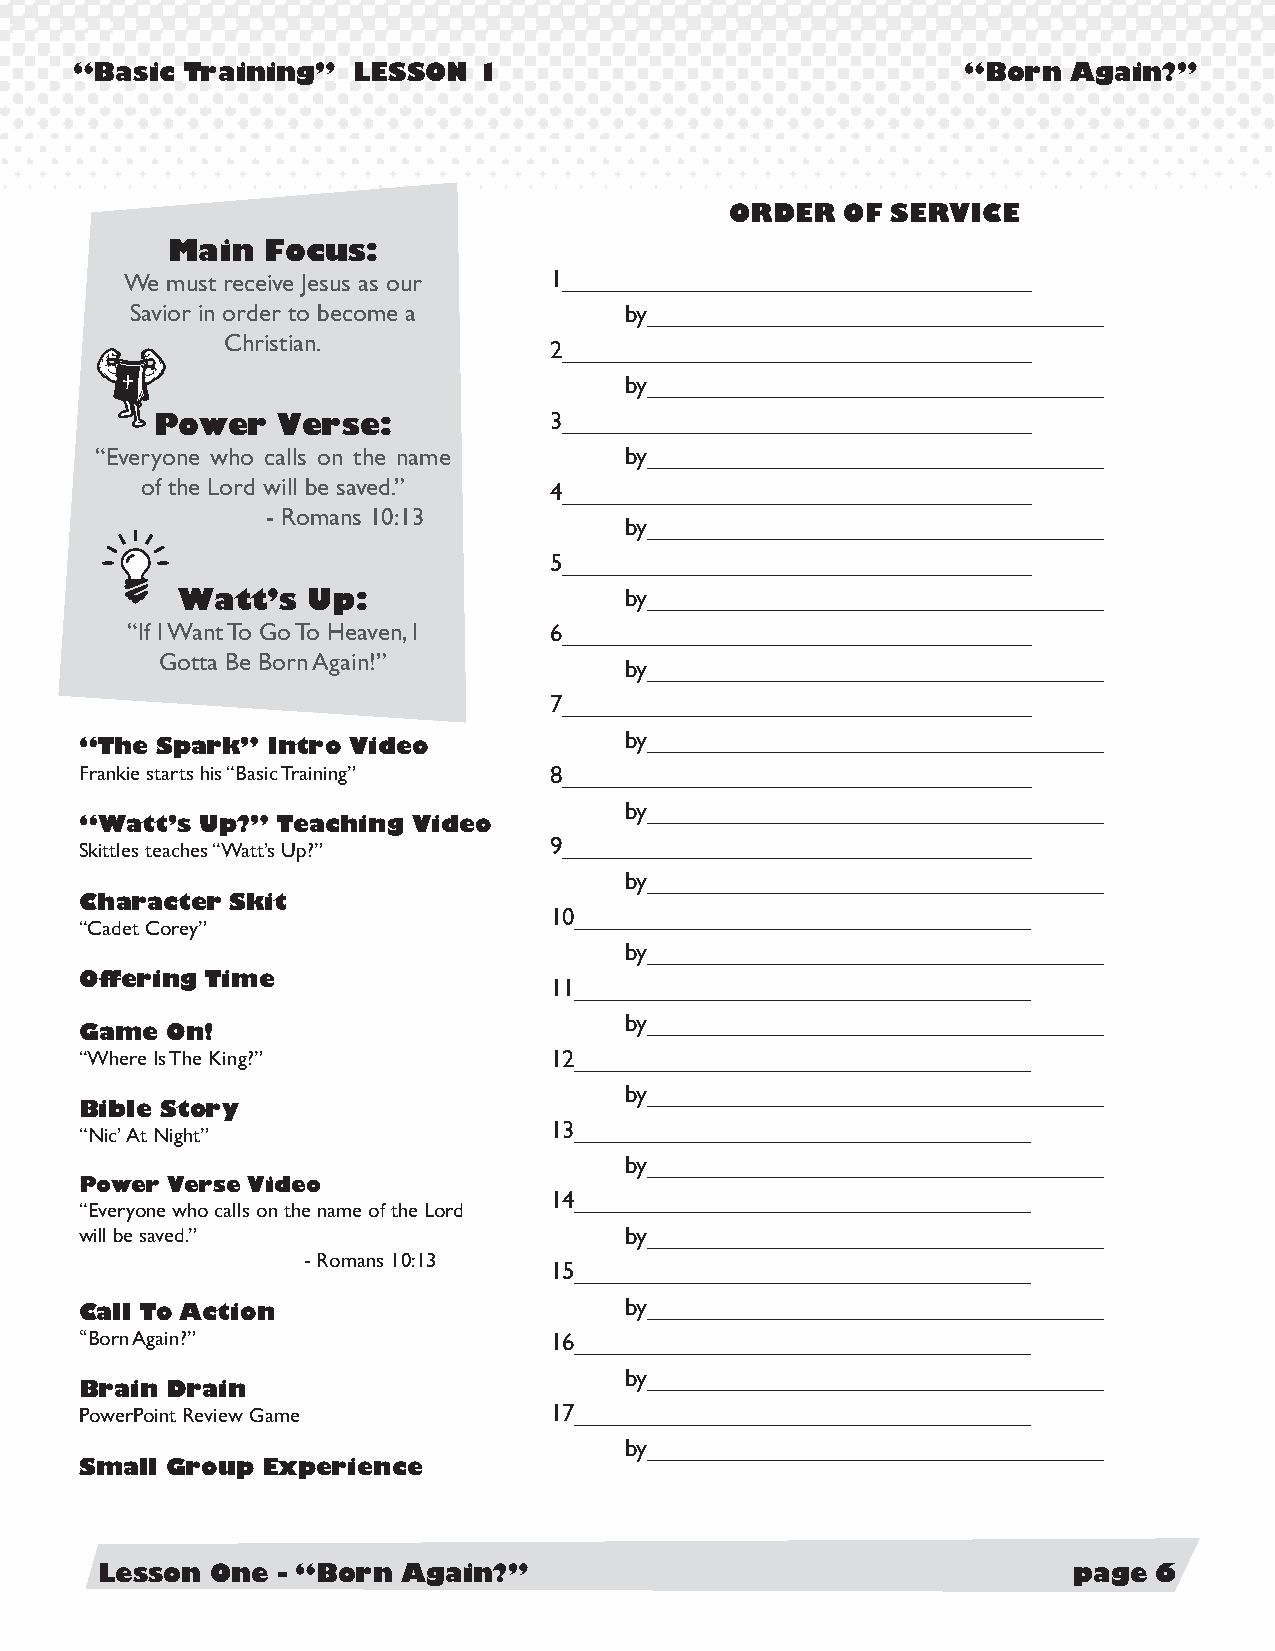
“Basic Training”  LESSON   1                               “Born  Again?”
 ORDER   OF SERVICE
 Main   Focus:
 We must receive Jesus as our 1__________________________________
 Savior in order to become a     by_________________________________
 Christian.
 2__________________________________
 by_________________________________
 3__________________________________
 Power   Verse:
 “Everyone who calls on the name    by_________________________________
 of the Lord will be saved.” 4__________________________________
 - Romans 10:13
 by_________________________________
 5__________________________________
 Watt’s  Up:                  by_________________________________
 “If I Want To Go To Heaven, I 6__________________________________
 Gotta Be Born Again!”
 by_________________________________
 7__________________________________
 by_________________________________
 “The Spark”  Intro Video
 Frankie starts his “Basic Training” 8__________________________________
 by_________________________________
 “Watt’s Up?” Teaching Video
 Skittles teaches “Watt’s Up?”  9__________________________________
 by_________________________________
 Character Skit
 10_________________________________
 “Cadet Corey”
 by_________________________________
 Offering Time                  11_________________________________
 by_________________________________
 Game  On!
 “Where Is The King?”           12_________________________________
 by_________________________________
 Bible Story
 13_________________________________
 “Nic’ At Night”
 by_________________________________
 Power Verse Video
 14_________________________________
 “Everyone who calls on the name of the Lord
 will be saved.”                     by_________________________________
 - Romans 10:13
 15_________________________________
 by_________________________________
 Call To Action
 “Born Again?”                  16_________________________________
 by_________________________________
 Brain Drain
 PowerPoint Review Game         17_________________________________
 by_________________________________
 Small Group Experience
 Lesson  One - “Born  Again?”                                     page 6